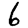
Digit: 6